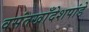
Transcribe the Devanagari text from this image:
वसंतखाँदेशपांडे